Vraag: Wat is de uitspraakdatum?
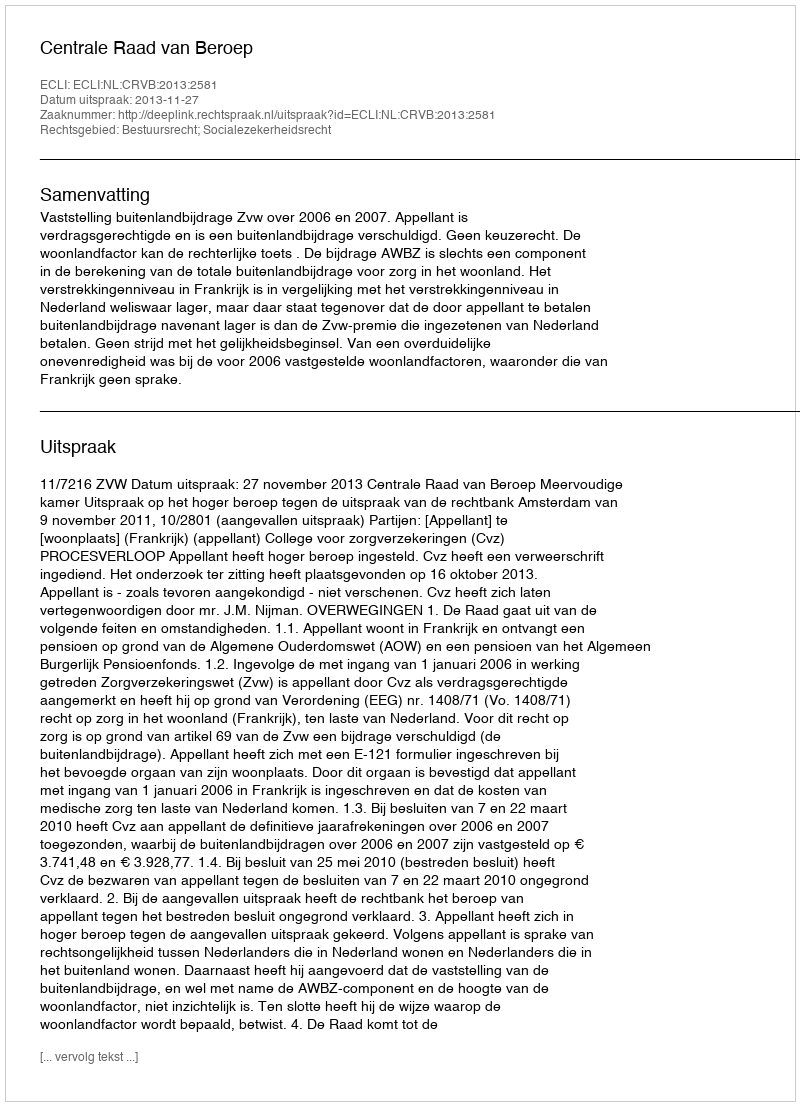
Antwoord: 2013-11-27